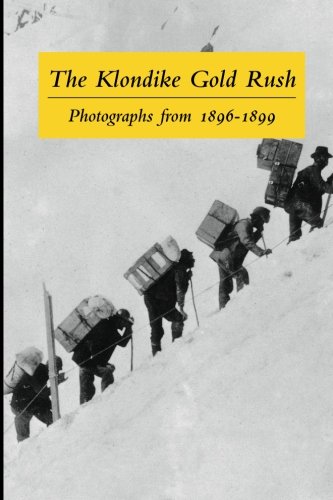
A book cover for The Klondike Gold Rush: Photographs from 1896-1899; Graham B Wilson; History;